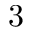
3